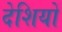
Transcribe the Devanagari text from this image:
देशियों